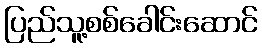
ပြည်သူ့စစ်ခေါင်းဆောင်